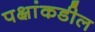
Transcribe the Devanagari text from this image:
पक्षांकडील